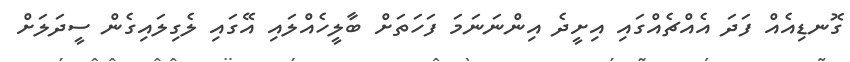
ގޮނޑިއެއް ފަދަ އެއްޗެއްގައި އިށީދެ އިންނަނަމަ ފަހަތަށް ބާލީހެއްލައި އޭގައި ލެގިލައިގެން ސީދަލަށް